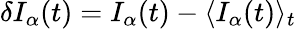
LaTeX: \delta I_{\alpha}(t)=I_{\alpha}(t)-\langle I_{\alpha}(t)\rangle_{t}